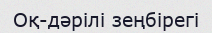
Оқ-дәрiлi зеңбiрегi